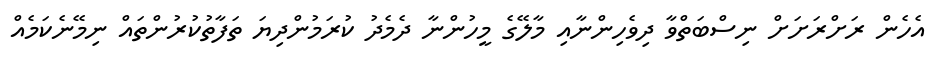
އެހެން ރަށްރަށަށް ނިސްބަތްވާ ދިވެހިންނާއި މާލޭގެ މީހުންނާ ދެމެދު ކުރަމުންދިޔަ ތަފާތުކުރުންތައް ނިމޭނެކަމެއް